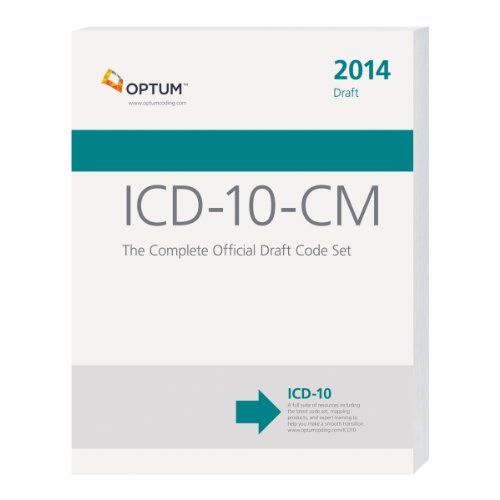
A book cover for ICD-10-CM: The Complete Official Draft Code Set (2014 Edition) (Icd-10-Cm Professional for Physicians Draft (Paper)); Optum; Medical Books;